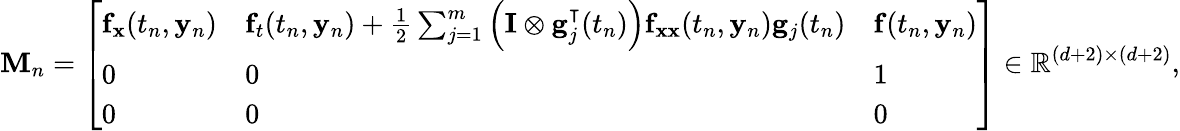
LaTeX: \mathbf{M}_{n}={\left[\begin{array}{lll}{\mathbf{f}_{\mathbf{x}}(t_{n},\mathbf{y}_{n})}&{\mathbf{f}_{t}(t_{n},\mathbf{y}_{n})+{\frac{1}{2}}\sum_{j=1}^{m}\left(\mathbf{I}\otimes\mathbf{g}_{j}^{\intercal}(t_{n})\right)\mathbf{f}_{\mathbf{xx}}(t_{n},\mathbf{y}_{n})\mathbf{g}_{j}(t_{n})}&{\mathbf{f}(t_{n},\mathbf{y}_{n})}\\ {0}&{0}&{1}\\ {0}&{0}&{0}\end{array}\right]}\in\mathbb{R}^{(d+2)\times(d+2)},